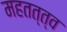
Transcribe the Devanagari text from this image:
महतत्त्व